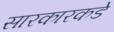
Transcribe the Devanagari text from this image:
सारकारकडे